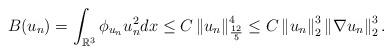
LaTeX: \begin{align*}B(u_{n})=\int_{\mathbb{R}^{3}}\phi_{u_{n}}u_{n}^{2}dx\le C\left\|u_{n}\right\|_{\frac{12}{5}}^{4}\le C\left\|u_{n}\right\|_{2}^{3}\left\|\nabla u_{n}\right\|_{2}^{3}.\end{align*}